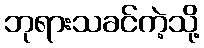
ဘုရားသခင်ကဲ့သို့